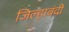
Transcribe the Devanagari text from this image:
जिल्हाबंदी